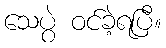
သေပွဲ ဝင်ခဲ့ရပြီ။